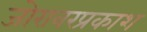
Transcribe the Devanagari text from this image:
जोरावरप्रकाश